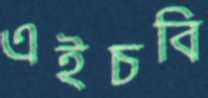
এইচবি